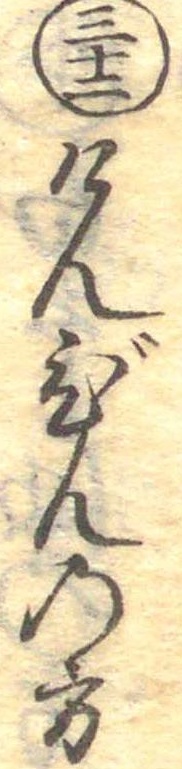
三十二けんびんの方